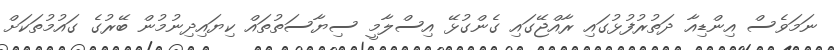
ނަމަވެސް އިންޑިއާ ދަތުރުފުޅުގައި ރާއްޖޭގައި ގެންގުޅޭ އިސްލާމީ ސިޔާސަތުތައް ކިޔައިދިނުމުން ބޭރުގެ ގައުމުތަކަށް